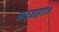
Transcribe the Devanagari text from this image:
बादशहा१४